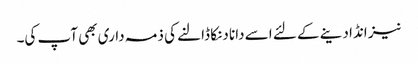
نیز انڈا دینے کے لئے اسے دانا دنکا ڈالنے کی ذمہ داری بھی آپ کی۔